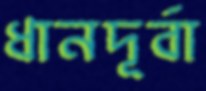
ধানদূর্বা